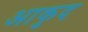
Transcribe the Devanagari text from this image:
आकुद